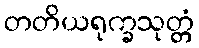
တတိယရုက္ခသုတ္တံ